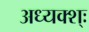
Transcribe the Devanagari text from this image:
अध्यक्श्ः